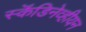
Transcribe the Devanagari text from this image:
स्कॆंडिनेव्हीयन